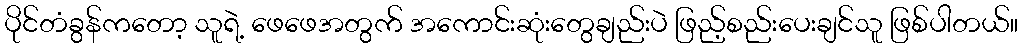
ပိုင်တံခွန်ကတော့ သူရဲ့ ဖေဖေအတွက် အကောင်းဆုံးတွေချည်းပဲ ဖြည့်စည်းပေးချင်သူ ဖြစ်ပါတယ်။